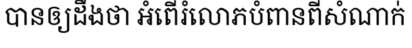
បានឲ្យដឹងថា អំពើរំលោភបំពានពីសំណាក់